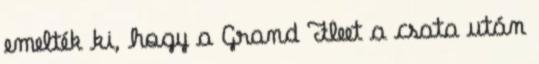
emelték ki, hogy a Grand Fleet a csata után